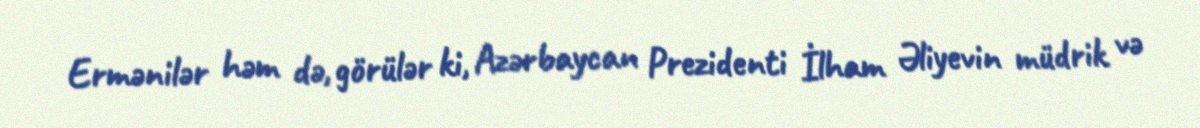
Ermənilər həm də, görülər ki, Azərbaycan Prezidenti İlham Əliyevin müdrik və